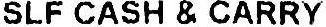
SLF CASH & CARRY